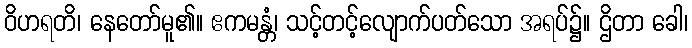
ဝိဟရတိ၊ နေတော်မူ၏။ ဧကမန္တံ၊ သင့်တင့်လျောက်ပတ်သော အရပ်၌။ ဌိတာ ခေါ၊